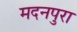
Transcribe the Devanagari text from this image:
मदनपुरा